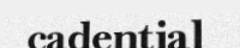
cadential